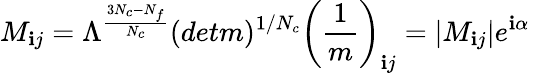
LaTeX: M_{\mathbf{i}j}=\Lambda^{{\frac{{3N_{c}-N_{f}}}{{N_{c}}}}}(detm)^{1/N_{c}}\left({\frac{{1}}{{m}}}\right)_{\mathbf{i}j}=|M_{\mathbf{i}j}|e^{\mathbf{i}\alpha}~~~